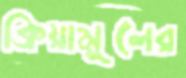
ক্রিয়ামূলের